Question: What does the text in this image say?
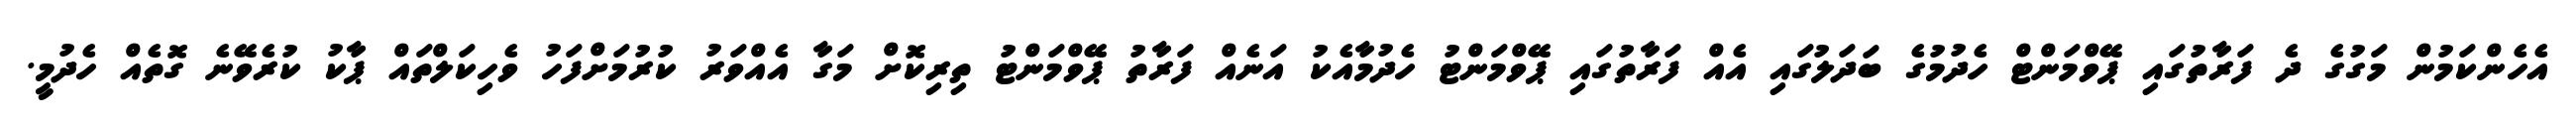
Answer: އެހެންކަމުން މަގުގެ ދެ ފަރާތުގައި ޕޭވްމަންޓް ހެދުމުގެ ބަދަލުގައި އެއް ފަރާތުގައި ޕޭވްމަންޓު ހެދުމާއެކު އަނެއް ފަރާތު ޕޭވްމަންޓު ތިރިކޮށް މަގާ އެއްވަރު ކުރުމަށްފަހު ވެހިކަލްތައް ޕާކު ކުރެވޭނެ ގޮތެއް ހެދުމީ.